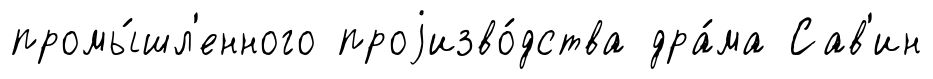
промы́шл'енного проjизво́дства дра́ма Сав'ин